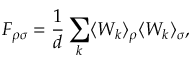
F _ { \rho \sigma } = \frac { 1 } { d } \sum _ { k } \langle W _ { k } \rangle _ { \rho } \langle W _ { k } \rangle _ { \sigma } ,